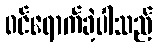
ဝင်ရောက်ခဲ့ပါသည်